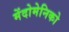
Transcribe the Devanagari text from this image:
मेंदोमेनिको